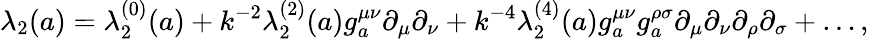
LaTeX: \lambda_{2}(a)=\lambda_{2}^{(0)}(a)+k^{-2}\lambda_{2}^{(2)}(a)g_{a}^{\mu\nu}\partial_{\mu}\partial_{\nu}+k^{-4}\lambda_{2}^{(4)}(a)g_{a}^{\mu\nu}g_{a}^{\rho\sigma}\partial_{\mu}\partial_{\nu}\partial_{\rho}\partial_{\sigma}+\ldots,